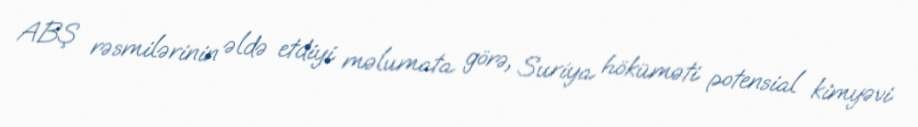
ABŞ rəsmilərinin əldə etdiyi məlumata görə, Suriya höküməti potensial kimyəvi